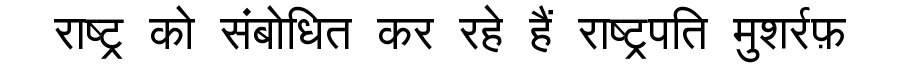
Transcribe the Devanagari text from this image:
राष्ट्र को संबोधित कर रहे हैं राष्ट्रपति मुशर्रफ़